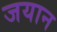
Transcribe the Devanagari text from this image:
जयान